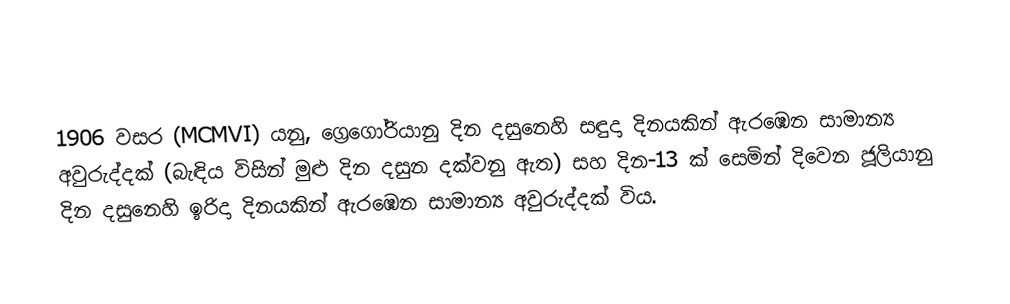

1906  වසර (MCMVI) යනු, ග්‍රෙගෝරියානු දින දසුනෙහි   සඳුදා දිනයකින් ඇරඹෙන සාමාන්‍ය අවුරුද්දක් (බැඳිය විසින් මුළු දින දසුන දක්වනු ඇත) සහ  දින-13 ක් සෙමින් දිවෙන ජූලියානු දින දසුනෙහි  ඉරිදා දිනයකින් ඇරඹෙන සාමාන්‍ය අවුරුද්දක් විය.